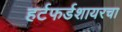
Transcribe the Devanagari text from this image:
हर्टफर्डशायरचा